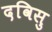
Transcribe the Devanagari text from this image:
दविसु